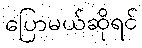
ပြောမယ်ဆိုရင်